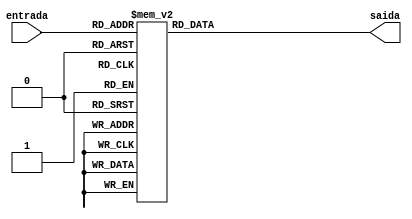
module Display7Segmentos(entrada,saida);
	input [3:0]entrada;
	reg [6:0] sinais;
	output [6:0]saida;
	always@(*)
	begin
		case(entrada)
			4'B0000: sinais = 7'B0000001;//0
			4'B0001: sinais = 7'B1001111;//1
			4'B0010: sinais = 7'B0010010;//2
			4'B0011: sinais = 7'B0000110;//3
			4'B0100: sinais = 7'B1001100;//4
			4'B0101: sinais = 7'B0100100;//5
			4'B0110: sinais = 7'B0100000;//6
			4'B0111: sinais = 7'B0001111;//7
			4'B1000: sinais = 7'B0000000;//8
			4'B1001: sinais = 7'B0000100;//9
			default: sinais = 7'B1111111;//acima de 9
		endcase
	end
	
	assign saida = sinais;
	
endmodule